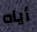
أياه